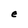
Character: e